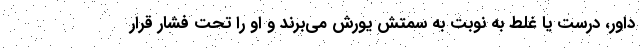
داور، درست یا غلط به نوبت به سمتش یورش می‌برند و او را تحت فشار قرار